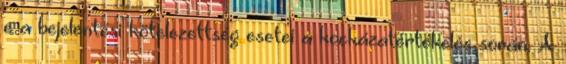
e a bejelentési kötelezettség esetei a kockázatértékelés során. A